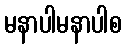
မနာပါမနာပါစ